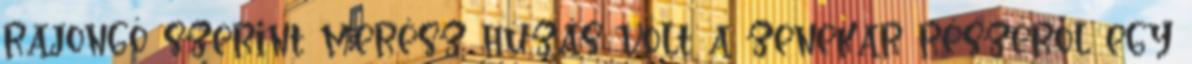
rajongó szerint merész húzás volt a zenekar részéről egy